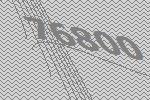
76800